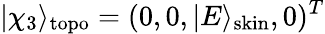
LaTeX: |\chi_{3}\rangle_{\mathrm{topo}}=(0,0,|E\rangle_{\mathrm{skin}},0)^{T}